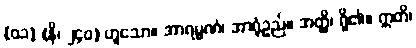
[၀၁] (နိ၊ ၂၄၀) ဟူသော။ အာရမ္မဏံ၊ အာရုံဥည်။ အတ္ထိ၊ ရှိ၏။ ဣတိ၊